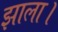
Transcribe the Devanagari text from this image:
झाला।